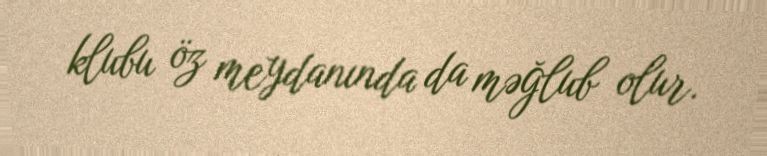
klubu öz meydanında da məğlub olur.